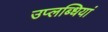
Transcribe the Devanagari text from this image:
उप्लब्धियां